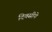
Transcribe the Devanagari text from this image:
दिवसीये